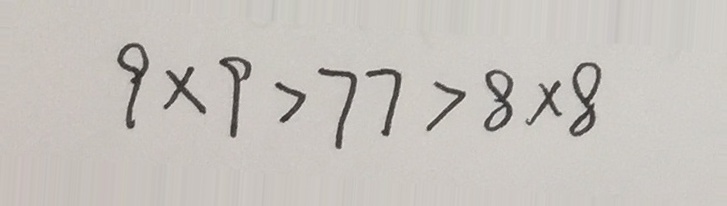
9 \times 9 > 7 7 > 8 \times 8